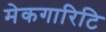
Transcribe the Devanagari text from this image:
मेकगारिटि